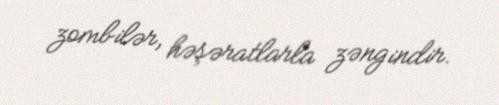
zombilər, həşəratlarla zəngindir.